Annual report of the Madras Medical College
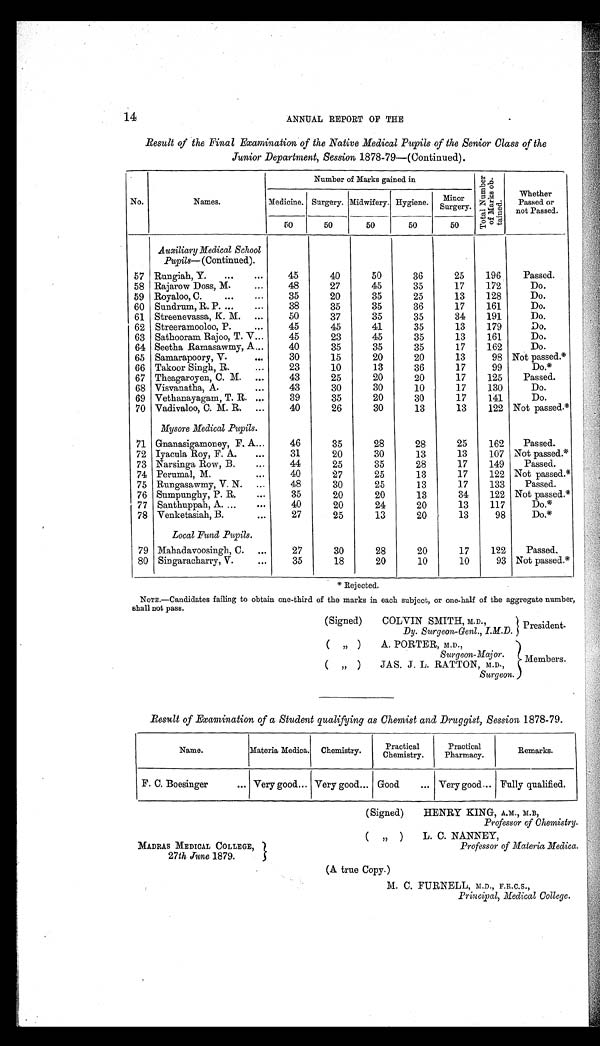
14
ANNUAL REPORT OF THE
Result of the Final Examination of the Native Medical Pupils of the Senior Class of the
Junior Department, Session 1878-79—(Continued).
Number of Marks gained in
T o t a l N u m b e r o f M a r k s o b - t a i n e d .
Whether
Passed or
not Passed.
No.
Names.
Medicine. Surgery. Midwifery. Hygiene. Minor
Surgery.
50
50
50
5
50
Auxiliary Medical School
Pupils—(Continued).
57 Rungiah, Y....
...
45
40
50
36
25
196
Passed.
58 Rajarow Doss, M.
...
48
27
45
35
17
172
Do.
59 Royaloo, C.
...
...
35
20
35
25
13
128
Do.
60 Sundrum, R. P. ...
...
38
35
35
36
17
161
Do.
61 Streenevassa, K. M. ...
50
37
35
35
34
191
Do.
62 Streeramooloo, P.
...
45
45
41
35
13
179
Do.
63 Sathooram Rajoo, T. V...
45
23
45
35
13
161
Do.
64 Seetha Ramasawmy, A...
40
35
35
35
17
162
Do.
65 Samarapoory, V.
...
30
15
20
20
13
98 Not passed.*
66 Takoor Singh, R.
...
23
10
13
36
17
99
Do.*
67 Theagaroyen, C. M. ...
43
25
20
20
17
125
Passed.
68 Visvanatha, A.
...
43
30
30
10
17
130
Do.
69 Vethanayagam, T. R. ...
39
35
20
30
17
141
Do.
70 Vadivaloo, C. M. R. ...
40
26
30
13
13
122 Not passed.*
Mysore Medical Pupils.
71 Gnanasigamoney, F. A...
46
35
28
28
25
162
Passed.
72 Iyacula Roy, F. A.
...
31
20
30
13
13
107 Not passed.*
73 Narsinga Row, B.
...
44
25
35
28
17
149
Passed.
74 Perumal, M.
...
40
27
25
13
17
122 Not passed.*
75 Rungasawmy, V. N. ...
48
30
25
13
17
133
Passed.
76 Sumpunghy, P. R.
...
35
20
20
13
34
122 Not passed.*
77 Santhuppah, A. ...
...
40
20
24
20
13
117
Do.*
78 Venketasiah, B.
...
27
25
13
20
13
98
Do.*
Local Fund Pupils.
79 Mahadavoosingh, C. ...
27
30
28
20
17
122
Passed.
80 Singaracharry, V.
...
35
18
20
10
10
93 Not passed.*
Rejected.
NOTE.—Candidates failing to obtain one-third of the marks in each subject, or one-half of the aggregate number,
shall not pass.
(Signed)
COLVIN SMITH, M.D., President.
Dy. Surgeon-Genl.,I.M.D.
( „ )
A. PORTER, M.D.,
S u r g e o n - M a j o r .
( „ )
JAS. J. L. RATTON, M.D.,
Members.
Surgeon.
Result of Examination of a Student qualifying as Chemist and Druggist, Session 1878-79.
Name.
Materia Medica. Chemistry.
Practical
Chemistry.
Practical
Pharmacy.
Remarks.
F. C. Boesinger
... Very good... Very good... Good
... Very good... Fully qualified.
MADRAS MEDICAL COLLEGE,
27th June 1879.
(Signed)
HENRY KING, A.M., M.B,
Professor of Chemistry.
( , , )
L . C . N A N N E Y ,
Professor of Materia Medica.
(A true Copy.)
M. C. FURNELL, M.D., F.R.C.S.,
Principal, Medical College.